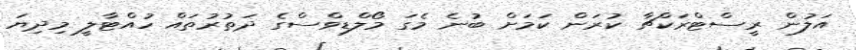
އަލުން ރީސްޓްރަކްޗާ ކުރަން ކަމަށް ބުނެ މެގަ މޯލްޑިވްސްގެ ދަތުރުތައް ހުއްޓާލީ މިދިޔަ